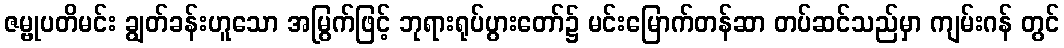
ဇမ္ဗုပတိမင်း ချွတ်ခန်းဟူသော အမြွက်ဖြင့် ဘုရားရုပ်ပွားတော်၌ မင်းမြောက်တန်ဆာ တပ်ဆင်သည်မှာ ကျမ်းဂန် တွင်